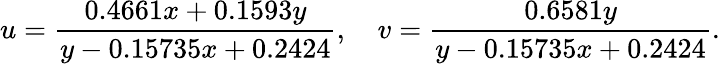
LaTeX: u={\frac{0.4661x+0.1593y}{y-0.15735x+0.2424}},\quad v={\frac{0.6581y}{y-0.15735x+0.2424}}.